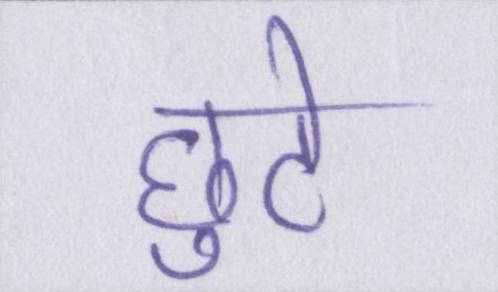
छुटे